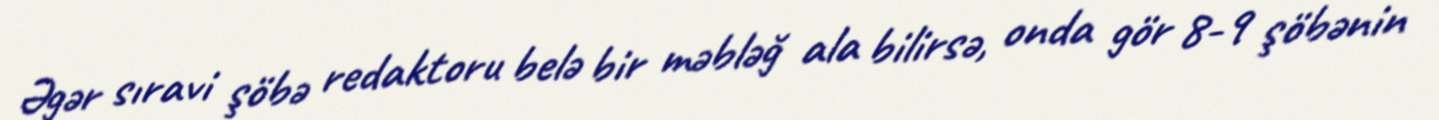
Əgər sıravi şöbə redaktoru belə bir məbləğ ala bilirsə, onda gör 8-9 şöbənin